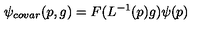
\psi _ { c o v a r } ( p , g ) = F ( L ^ { - 1 } ( p ) g ) \psi ( p )